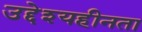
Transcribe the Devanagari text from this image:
उद्देश्यहीनता